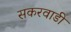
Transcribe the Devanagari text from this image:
सकरवाडी